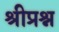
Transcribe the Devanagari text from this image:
श्रीप्रश्न